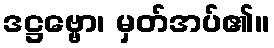
ဒဋ္ဌဗ္ဗော၊ မှတ်အပ်၏။